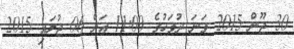
30 ޖޫން 2015 ވަނަ ދުވަހުގެ 11:00 އަށް 06 ޖުލައި 2015